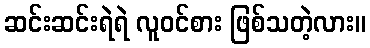
ဆင်းဆင်းရဲရဲ လူဝင်စား ဖြစ်သတဲ့လား။